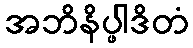
အဘိနိပ္ဖါဒိတံ